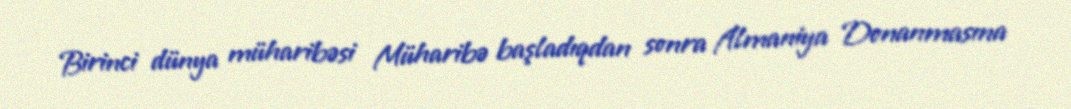
Birinci dünya müharibəsi Müharibə başladıqdan sonra Almaniya Donanmasına